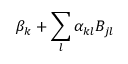
\beta _ { k } + \sum _ { l } \alpha _ { k l } B _ { j l }